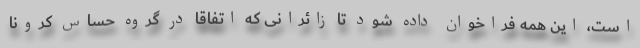
است، این همه فراخوان داده شود تا زائرانی که اتفاقا در گروه حساس کرونا